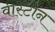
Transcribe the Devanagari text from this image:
वीस्टीन